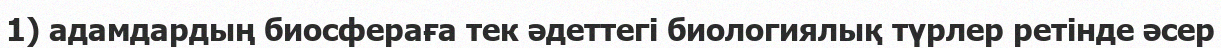
1) адамдардың биосфераға тек әдеттегі биологиялық түрлер ретінде әсер